65_HS1-834228961_62-HQ-83894_Section_7
Agency: FBI
Page 145
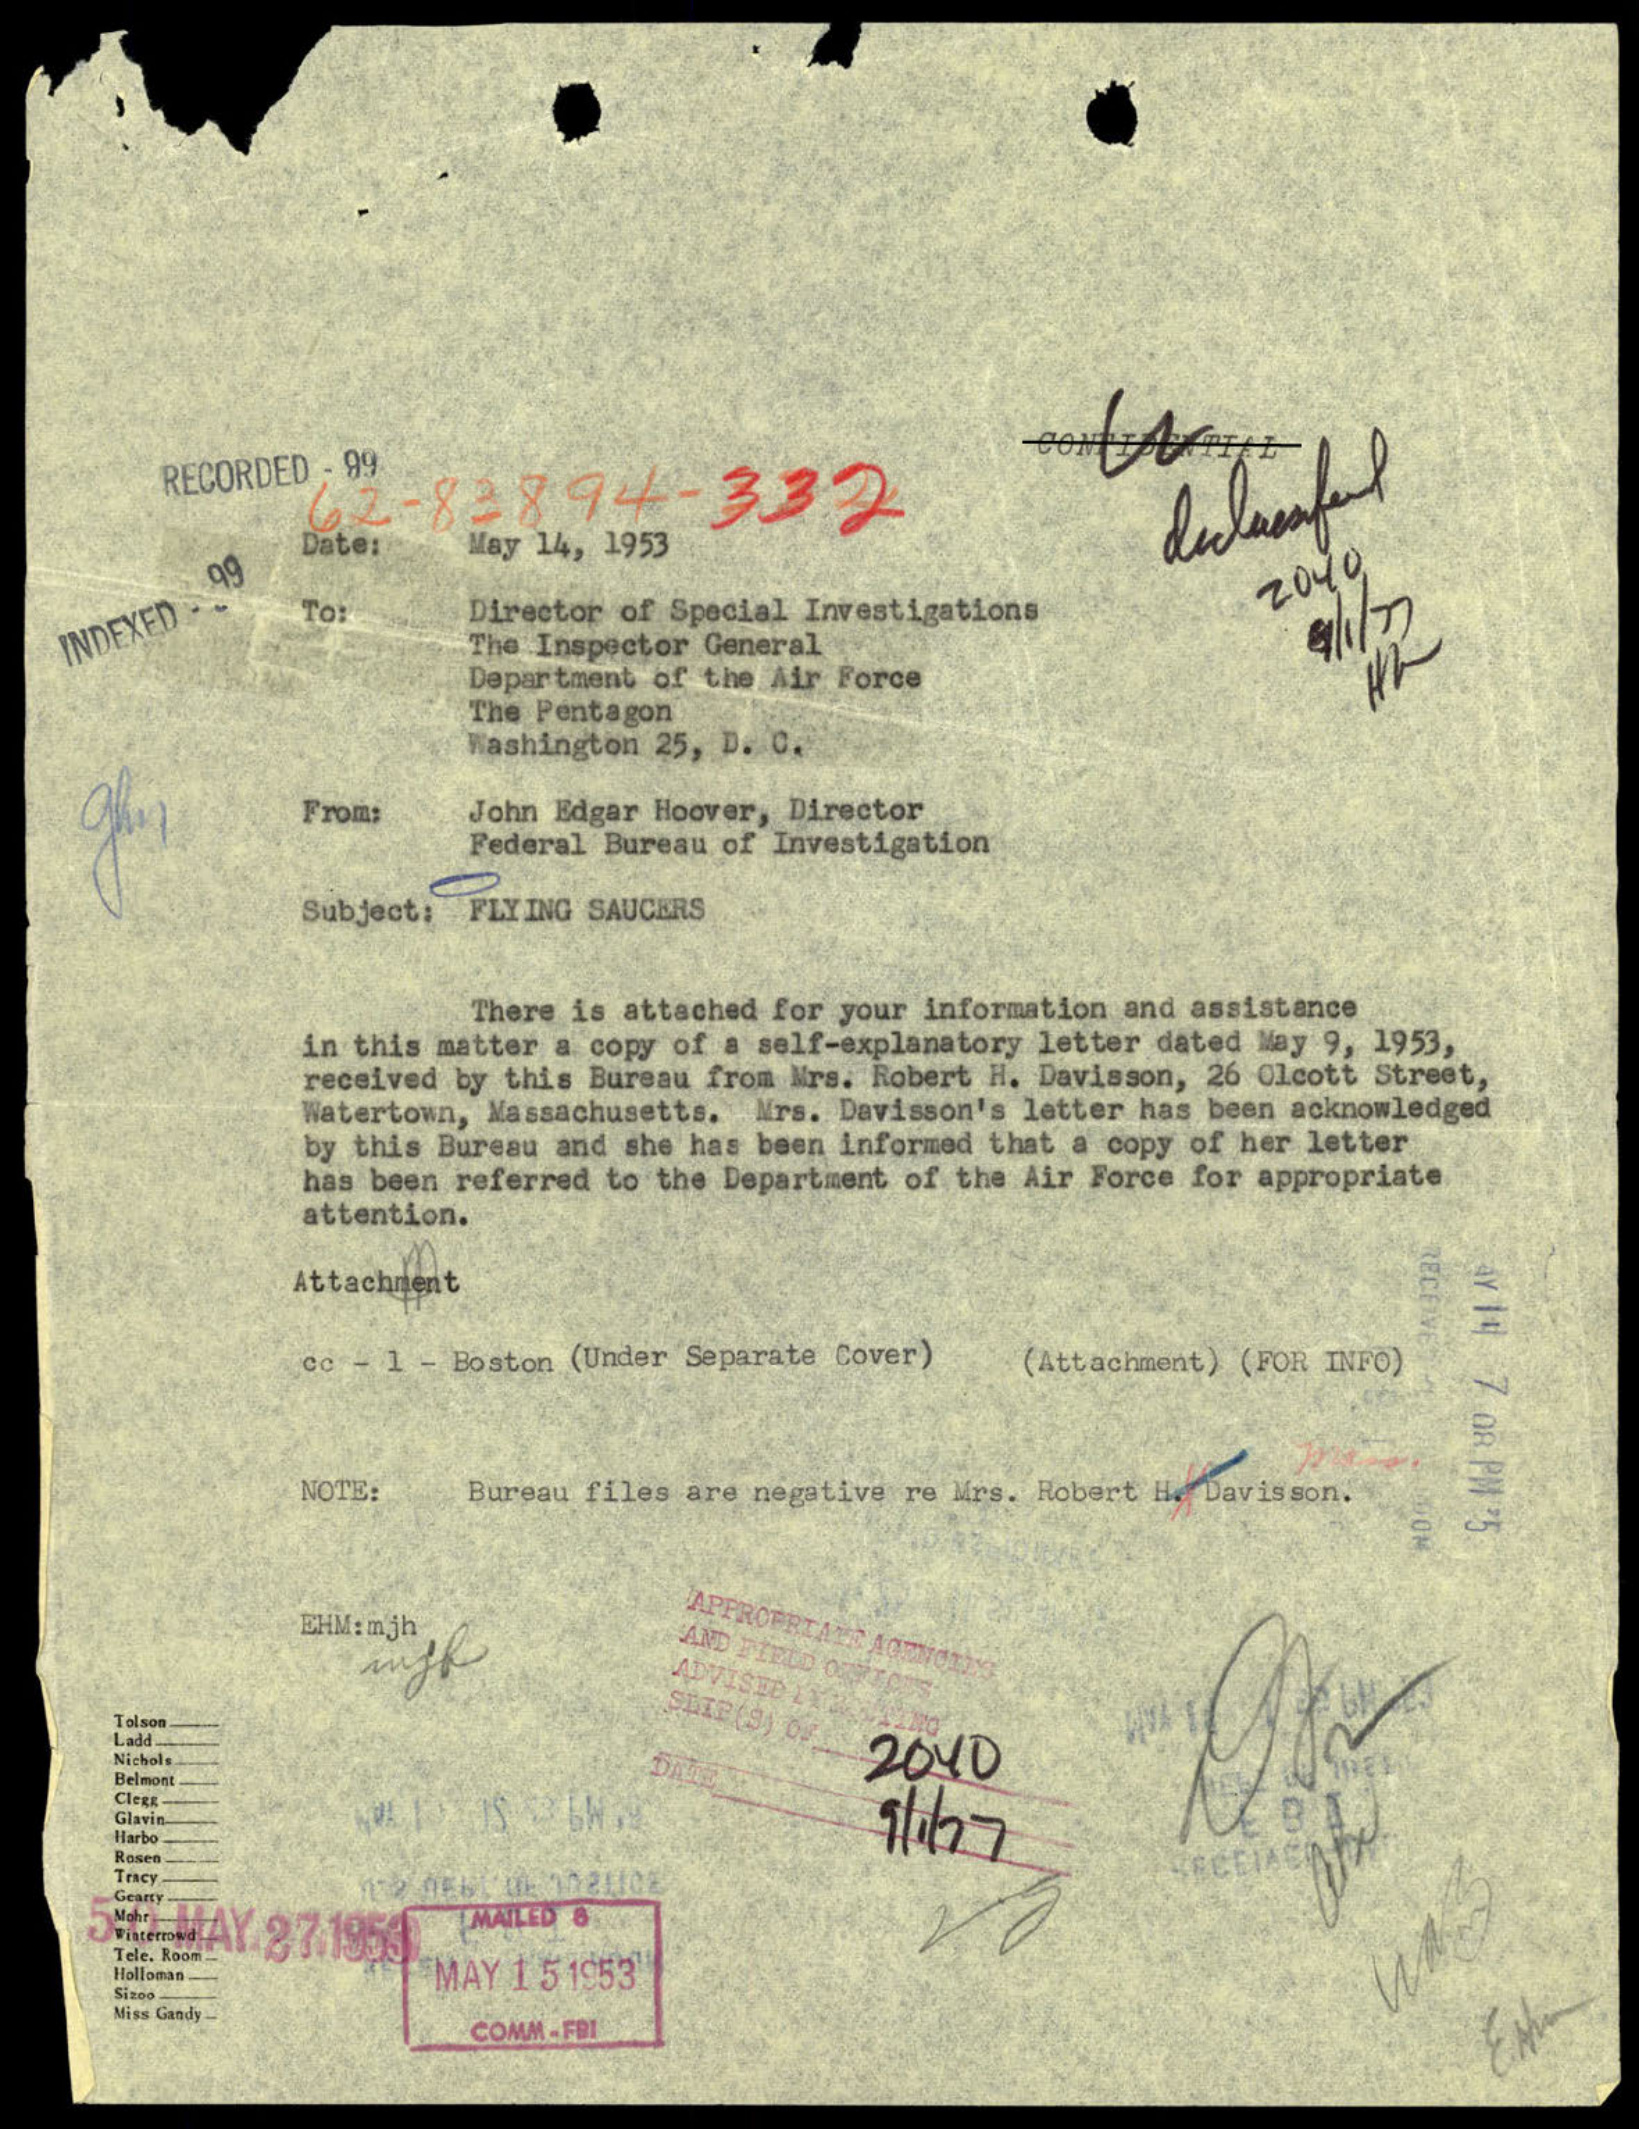